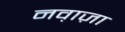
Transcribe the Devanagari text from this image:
नव़ाज़ा